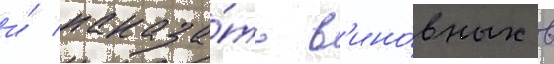
и́ наказа́ть в'ино́вных в